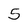
Character: 5